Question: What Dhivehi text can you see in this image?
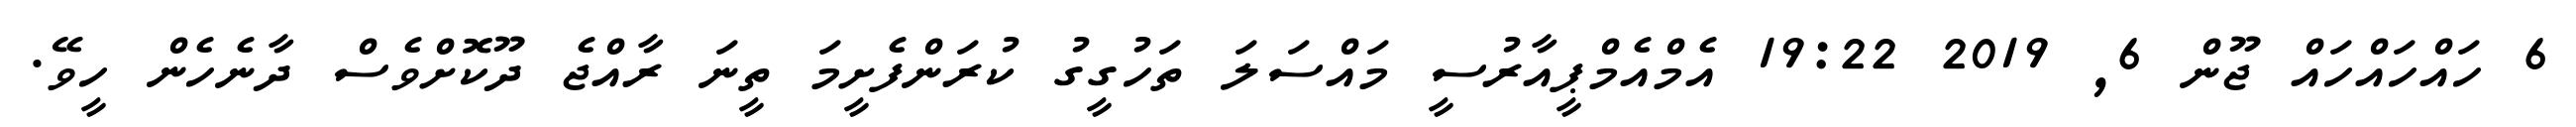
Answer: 6 ހައްހައްހައް ޖޫން 6, 2019 19:22 އެމްއެމްޕީއާރުސީ މައްސަލަ ތަހުގީގު ކުރަންފެށީމަ ތީނަ ރާއްޖެ ދޫކޮށްވެސް ދާނެހެން ހީވޭ.